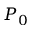
P _ { 0 }